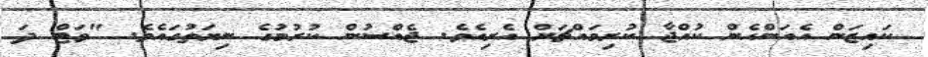
ކައިޒަން އެއަންހެން ކުއްޖާ ކުރިމައްޗަށް އެރިއެވެ. ޖެއްސުން ކުރުމުގެ ނިޔަތުގައެވެ. "ވަޓް ދަ